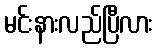
မင်းနားလည်ပြီလား